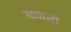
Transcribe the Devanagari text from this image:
खळजी